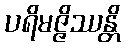
ပရိမဇ္ဇိဿန္တိ